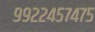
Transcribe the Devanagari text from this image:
९९२२४५७४७५